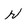
Character: r